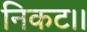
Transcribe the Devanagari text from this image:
निकट।।